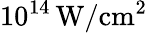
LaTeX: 10^{14}\, \mathrm{W/cm^{2}}